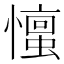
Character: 𪬹